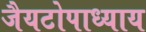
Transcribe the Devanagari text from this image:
जैयटोपाध्याय